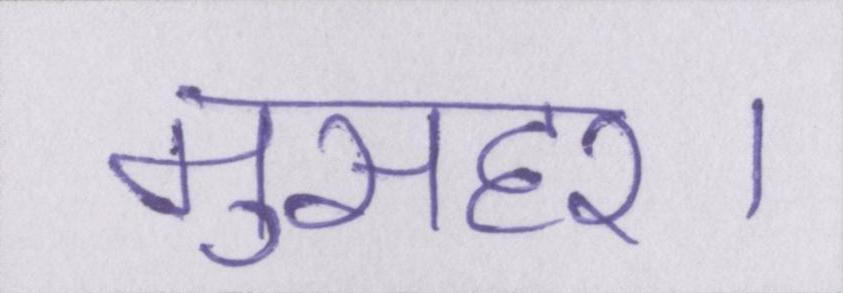
मुसहर।